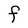
Character: F